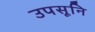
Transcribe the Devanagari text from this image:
उपसूनि